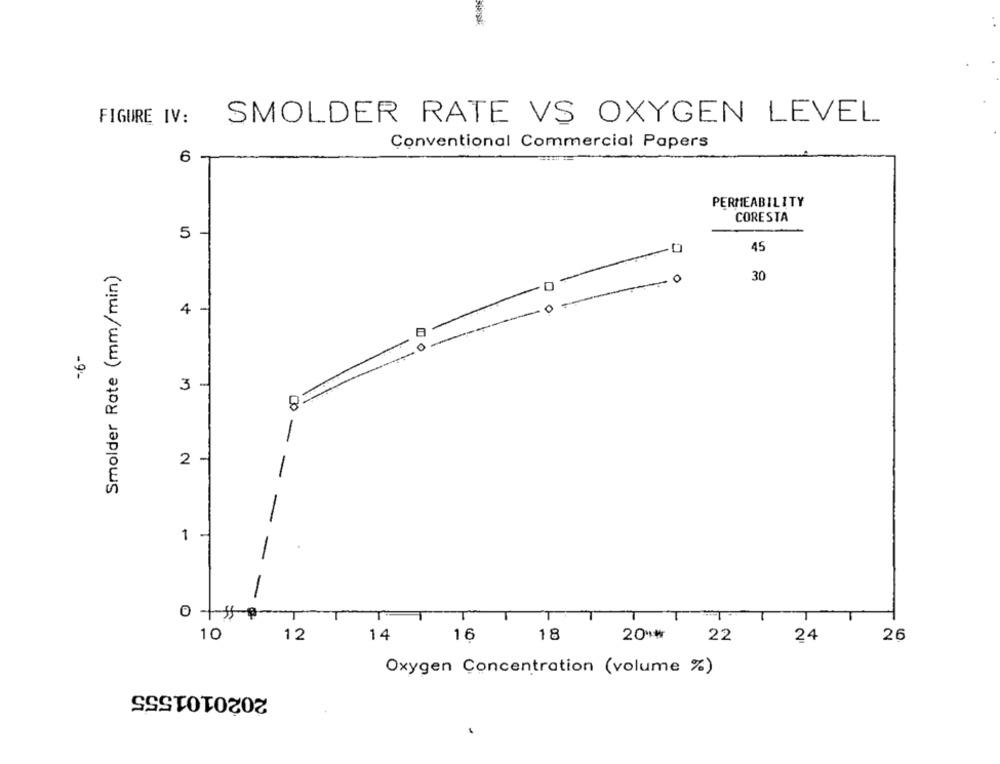
FIGURE IV:
SMOLDER RATE VS OXYGEN LEVEL
Conventional Commercial Papers
6
PERMEABILITY
CORESTA
-
45
Smolder Rate (mm/min)
0
30
0
4
E
0
-9'-
3
-
2
-
-
1
-
-
-
T
T
T
18
10
12
14
16
20 **
22
24
26
Oxygen Concentration (volume %)
2020101555